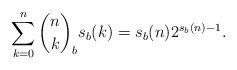
LaTeX: \begin{align*}\sum_{k=0}^{n}\binom{n}{k}_b s_b(k) = s_b(n)2^{s_b(n)-1}.\end{align*}